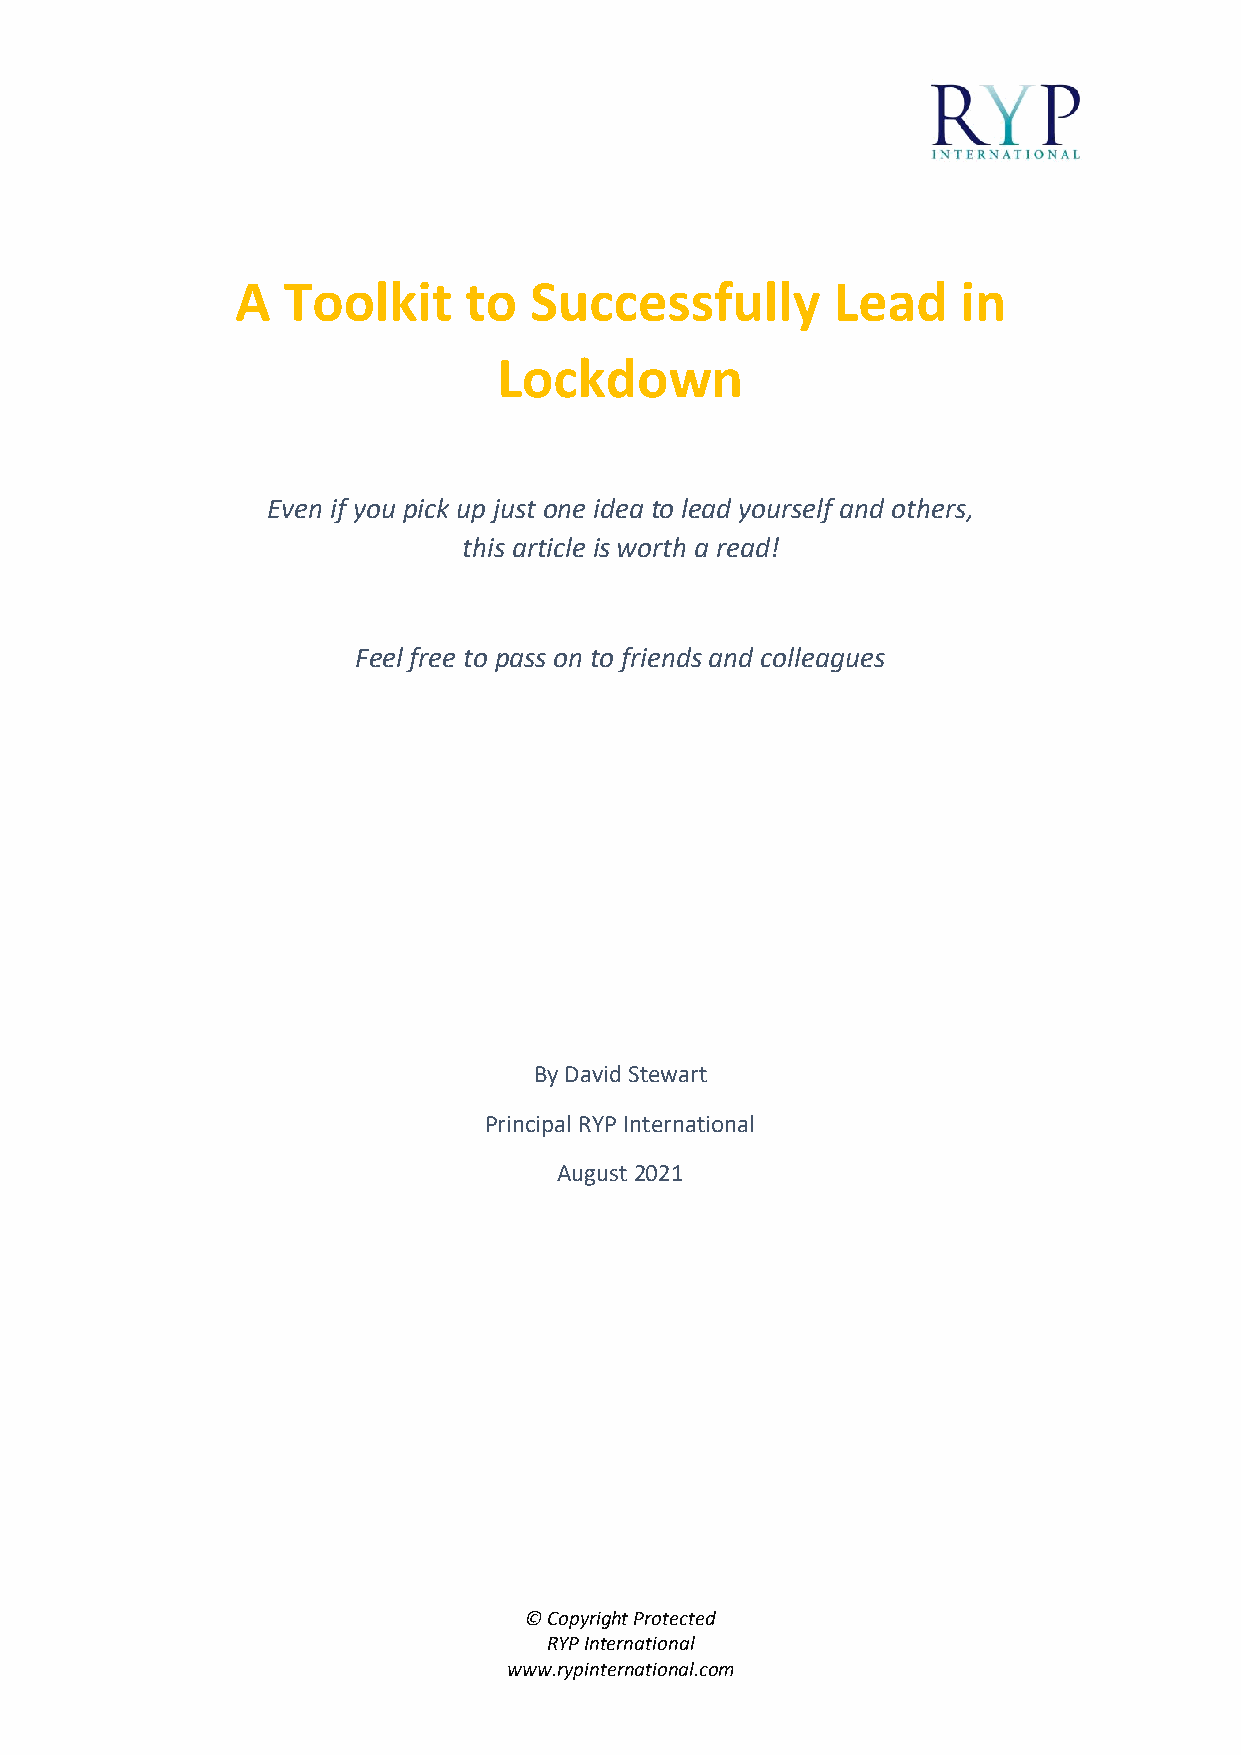
A  Toolkit     to  Successfully        Lead     in
 Lockdown
 Even if you pick up just one idea to lead yourself and others,
 this article is worth a read!
 Feel free to pass on to friends and colleagues
 By David Stewart
 Principal RYP International
 August 2021
 © Copyright Protected
 RYP International
 www.rypinternational.com